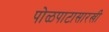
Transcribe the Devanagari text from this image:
पोळपाटासारखी